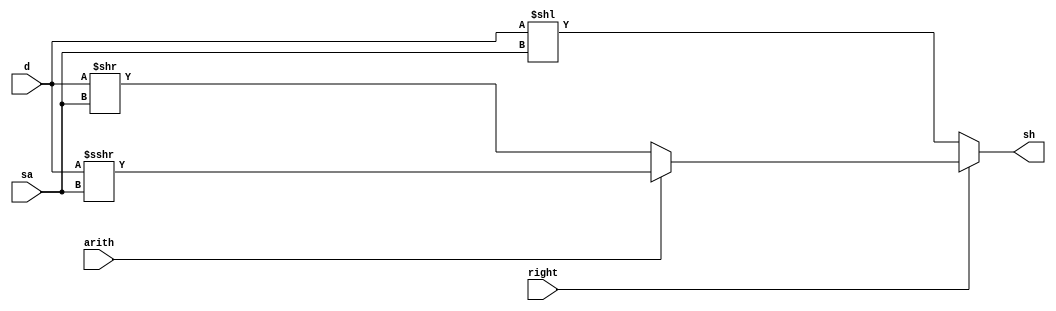
/* 
writer:liyiming 
date: 2018/11/14
version: 0.0
module: shift
func: shift operation
*/
module shifter(
    d,
    sa,
    right,
    arith,
    sh
);
    input [31:0]d;
    input [4:0]sa;
    input right,arith;
    output [31:0]sh;
    reg [31:0] sh;
    always @(*) begin
        if(!right)begin
            sh = d << sa;
        end else if (!arith) begin
            sh = d >> sa;
        end else begin
            sh = $signed(d)>>>sa;
        end
    end
endmodule